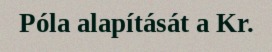
Póla alapítását a Kr.